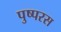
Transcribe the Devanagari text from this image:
पुष्परस